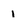
Character: 1